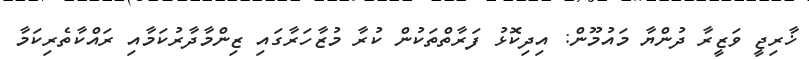
ޚާރިޖީ ވަޒީރާ ދުންޔާ މައުމޫން: އިދިކޮޅު ފަރާތްތަކުން ކުރާ މުޒާހަރާގައި ޒިންމާދާރުކަމާއި ރައްކާތެރިކަމާ